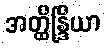
အတ္ထိန္ဒြိယာ